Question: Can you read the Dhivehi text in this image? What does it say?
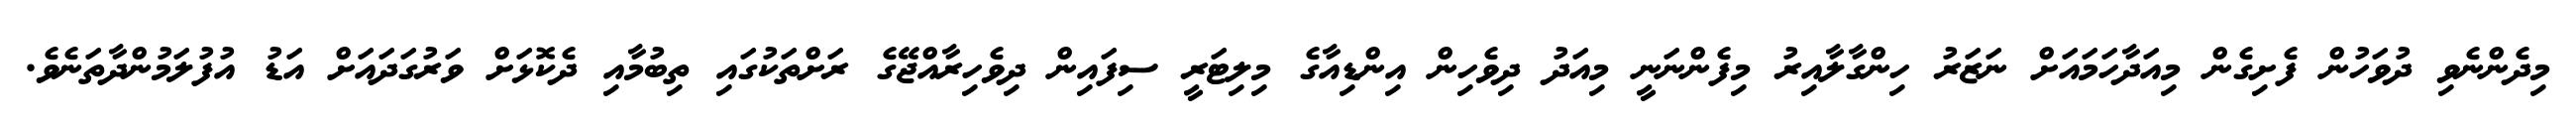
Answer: މިދެންނެވި ދުވަހުން ފެށިގެން މިއަދާހަމައަށް ނަޒަރު ހިންގާލާއިރު މިފެންނަނީ މިއަދު ދިވެހިން އިންޑިއާގެ މިލިޓަރީ ސިފައިން ދިވެހިރާއްޖޭގެ ރަށްތަކުގައި ތިބުމާއި ދެކޮޅަށް ވަރުގަދައަށް އަޑު އުފުލަމުންދާތަނެވެ.